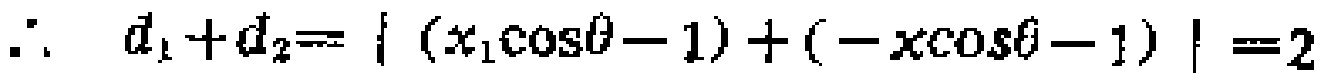
\(\therefore\ d_{1}+d_{2}= \vert (x_{1}\cos\theta - 1)+(-x\cos\theta - 1)\vert = 2\)